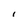
Character: I